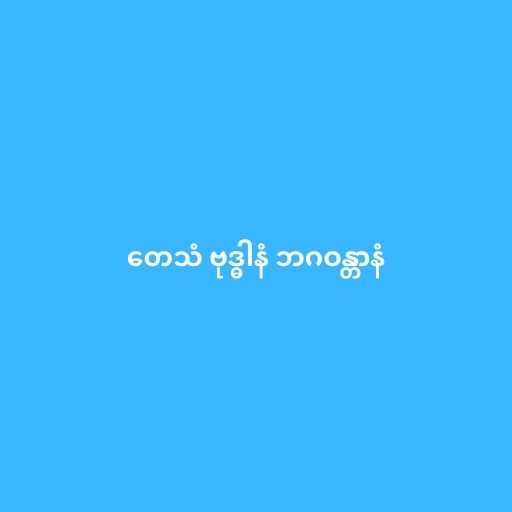
တေသံ ဗုဒ္ဓါနံ ဘဂဝန္တာနံ